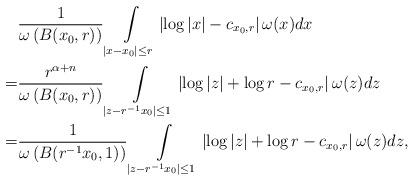
LaTeX: \begin{align*}&\frac1{\omega\left(B(x_0,r)\right)}\int\limits_{|x-x_0|\leq r}\left|\log|x|-c_{x_0,r}\right|\omega(x)dx\\=&\frac{r^{\alpha+n}}{\omega\left(B(x_0,r)\right)}\int\limits_{|z-r^{-1}x_0|\leq1}\left|\log|z|+\log r-c_{x_0,r}\right|\omega(z)dz\\ =&\frac1{\omega\left(B(r^{-1}x_0,1)\right)}\int\limits_{|z-r^{-1}x_0|\leq1}\left|\log|z|+\log r-c_{x_0,r}\right|\omega(z)dz,\end{align*}